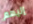
إليهم